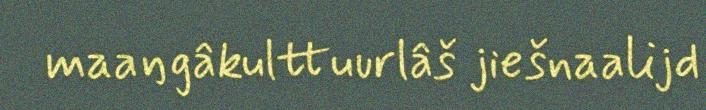
maaŋgâkulttuurlâš jiešnaalijd